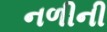
નળીની